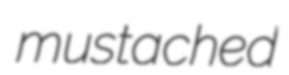
mustached